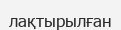
лақтырылған